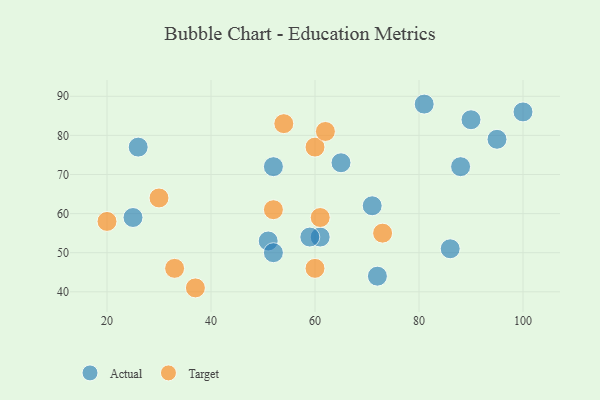
{"axis": {"x": "GDP", "y": "Life Expectancy"}, "legend": ["Actual", "Target"], "data": [{"x": "26", "y": 77, "type": "Actual"}, {"x": "72", "y": 44, "type": "Actual"}, {"x": "88", "y": 72, "type": "Actual"}, {"x": "100", "y": 86, "type": "Actual"}, {"x": "51", "y": 53, "type": "Actual"}, {"x": "86", "y": 51, "type": "Actual"}, {"x": "61", "y": 54, "type": "Actual"}, {"x": "90", "y": 84, "type": "Actual"}, {"x": "52", "y": 50, "type": "Actual"}, {"x": "71", "y": 62, "type": "Actual"}, {"x": "52", "y": 72, "type": "Actual"}, {"x": "65", "y": 73, "type": "Actual"}, {"x": "25", "y": 59, "type": "Actual"}, {"x": "59", "y": 54, "type": "Actual"}, {"x": "81", "y": 88, "type": "Actual"}, {"x": "95", "y": 79, "type": "Actual"}, {"x": "20", "y": 58, "type": "Target"}, {"x": "60", "y": 46, "type": "Target"}, {"x": "60", "y": 77, "type": "Target"}, {"x": "37", "y": 41, "type": "Target"}, {"x": "33", "y": 46, "type": "Target"}, {"x": "62", "y": 81, "type": "Target"}, {"x": "54", "y": 83, "type": "Target"}, {"x": "52", "y": 61, "type": "Target"}, {"x": "73", "y": 55, "type": "Target"}, {"x": "30", "y": 64, "type": "Target"}, {"x": "61", "y": 59, "type": "Target"}]}